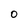
Character: O